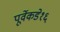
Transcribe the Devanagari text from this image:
पूर्वेकडे१६